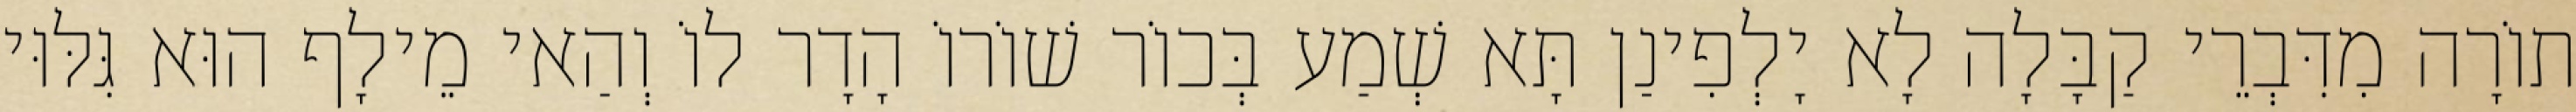
תוֹרָה מִדִּבְרֵי קַבָּלָה לָא יָלְפִינַן תָּא שְׁמַע בְּכוֹר שׁוֹרוֹ הָדָר לוֹ וְהַאי מֵילָף הוּא גִּלּוּי